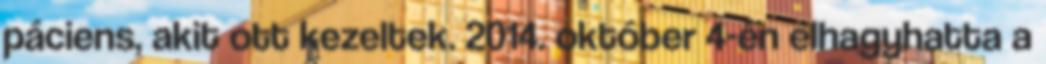
páciens, akit ott kezeltek. 2014. október 4-én elhagyhatta a